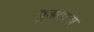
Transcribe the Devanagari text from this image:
बुडताना